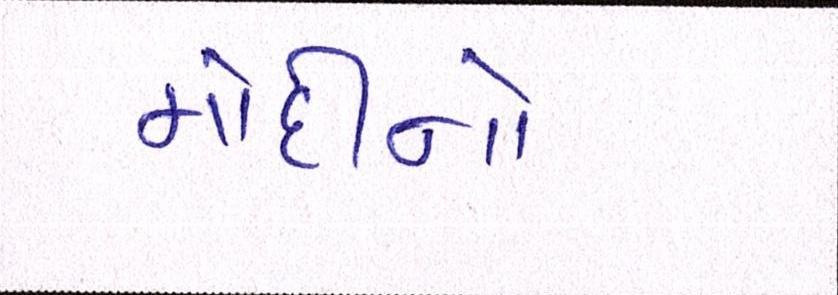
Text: મોદીનો